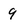
Character: 9